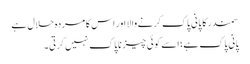
سمندر کا پانی پاک کرنےوالا اور اس کا مردہ حلال ہے
پانی پاک ہے؛ اسے کوئی چیز ناپاک نہیں کرتی۔